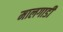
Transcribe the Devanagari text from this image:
मालगाडी